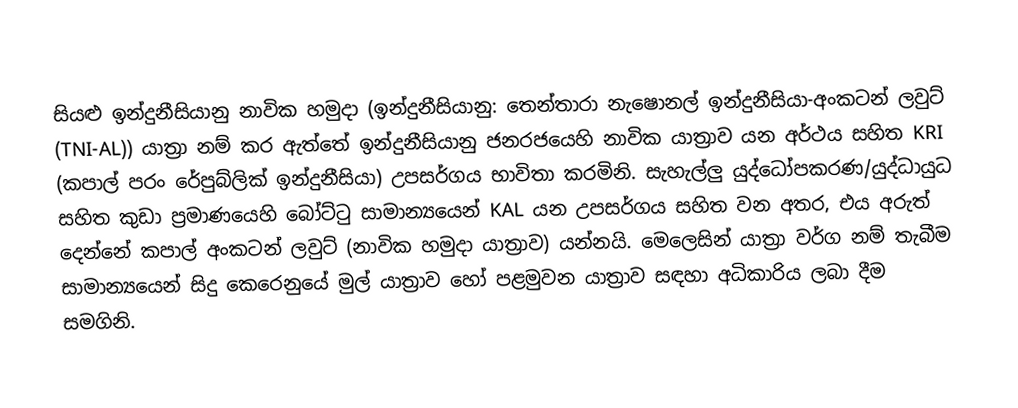
සියළු ඉන්දුනීසියානු නාවික හමුදා (ඉන්දුනීසියානු: තෙන්තාරා නැෂොනල් ඉන්දුනීසියා-අංකටන් ලවුට් (TNI-AL)) යාත්‍රා නම් කර ඇත්තේ  ඉන්දුනීසියානු ජනරජයෙහි නාවික යාත්‍රාව යන අර්ථය සහිත KRI (කපාල් පරං රේපුබ්ලික් ඉන්දුනීසියා) උපසර්ගය භාවිතා කරමිනි. සැහැල්ලු යුද්ධෝපකරණ/යුද්ධායුධ සහිත කුඩා ප්‍රමාණයෙහි බෝට්ටු සාමාන්‍යයෙන්  KAL යන උපසර්ගය සහිත වන අතර, එය අරුත් දෙන්නේ කපාල් අංකටන් ලවුට් (නාවික හමුදා යාත්‍රාව) යන්නයි. මෙලෙසින් යාත්‍රා වර්ග නම් තැබීම සාමාන්‍යයෙන් සිදු කෙරෙනුයේ මුල් යාත්‍රාව හෝ පළමුවන යාත්‍රාව සඳහා අධිකාරිය ලබා දීම සමගිනි.